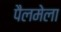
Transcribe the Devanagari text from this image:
पैलमेला